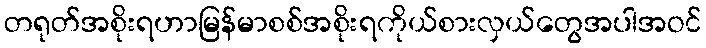
တရုတ်အစိုးရဟာမြန်မာစစ်အစိုးရကိုယ်စားလှယ်တွေအပါအဝင်